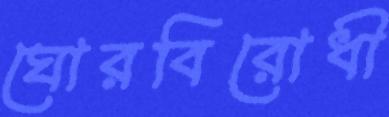
ঘোরবিরোধী